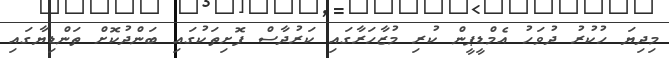
މިދިޔަ ހުކުރު ދުވަހު އެމްޑީޕީން ކުރި މުޒާހަރާގައި ކަރުދާސް ފޮށިތަކުގައި ބަންދުކޮށް ތަންޑިޔާގައި